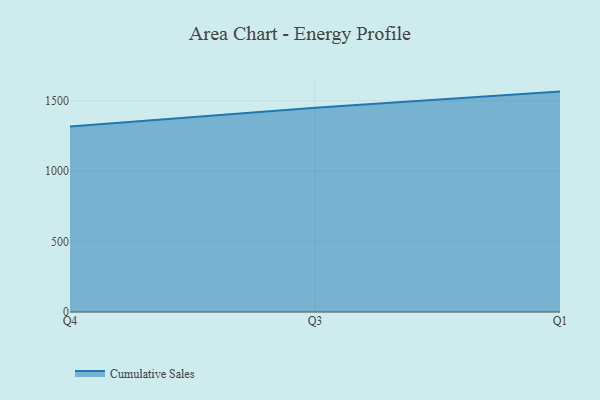
{"axis": {"x": "Quarter", "y": "Humidity (%)"}, "legend": ["Cumulative Sales"], "data": [{"x": "Q4", "y": 1316.9, "type": "Cumulative Sales"}, {"x": "Q3", "y": 1450.1, "type": "Cumulative Sales"}, {"x": "Q1", "y": 1565.2, "type": "Cumulative Sales"}]}